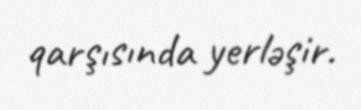
qarşısında yerləşir.